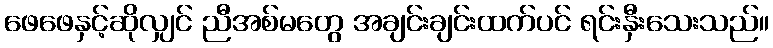
ဖေဖေနှင့်ဆိုလျှင် ညီအစ်မတွေ အချင်းချင်းထက်ပင် ရင်းနှီးသေးသည်။